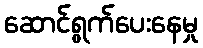
ဆောင်ရွက်ပေးနေမှု